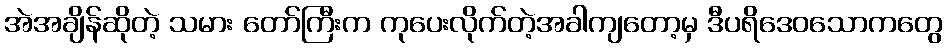
အဲအချိန်ဆိုတဲ့ သမား တော်ကြီးက ကုပေးလိုက်တဲ့အခါကျတော့မှ ဒီပရိဒေဝသောကတွေ